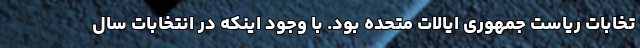
تخابات ریاست جمهوری ایالات متحده بود. با وجود اینکه در انتخابات سال